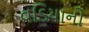
વડિયાનો